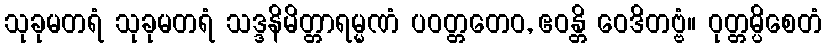
သုခုမတရံ သုခုမတရံ သဒ္ဒနိမိတ္တာရမ္မဏံ ပဝတ္တတေဝ, ဧဝန္တိ ဝေဒိတဗ္ဗံ။ ဝုတ္တမ္ပိစေတံ